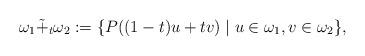
LaTeX: \begin{align*} \omega_1\tilde+_t\omega_2:=\{P((1-t)u+tv)\mid u\in\omega_1, v\in\omega_2\},\end{align*}